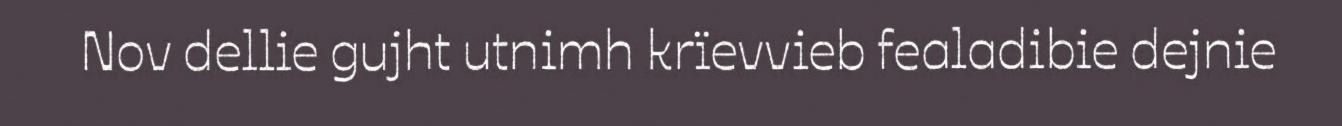
Nov dellie gujht utnimh krïevvieb fealadibie dejnie